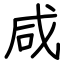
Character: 咸